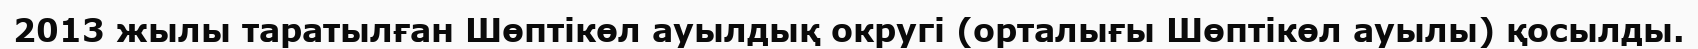
2013 жылы таратылған Шөптікөл ауылдық округі (орталығы Шөптікөл ауылы) қосылды.